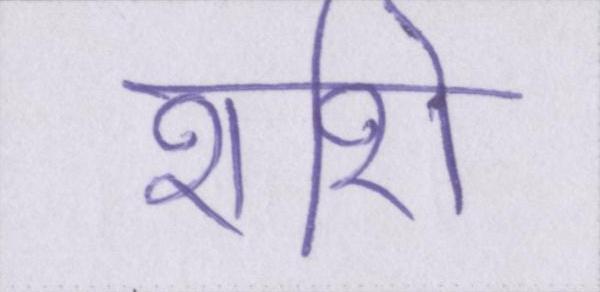
शशि